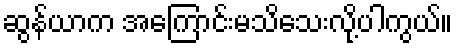
ဆွန်ယာက အကြောင်းမသိသေးလို့ပါကွယ်။